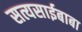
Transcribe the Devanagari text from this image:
सत्यसाईबाबा